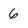
Character: 6